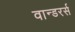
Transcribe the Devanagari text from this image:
वान्डरर्स